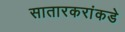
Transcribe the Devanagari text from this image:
सातारकरांकडे